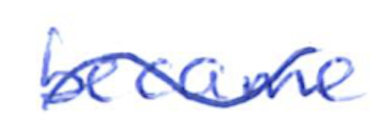
Text: became
Cross-out: mix
Writing tool: ballpoint